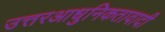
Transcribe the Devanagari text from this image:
उत्तरआधुनिकतावादी